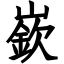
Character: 嶔